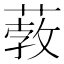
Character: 𦸦